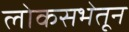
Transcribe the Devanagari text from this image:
लोकसभेतून